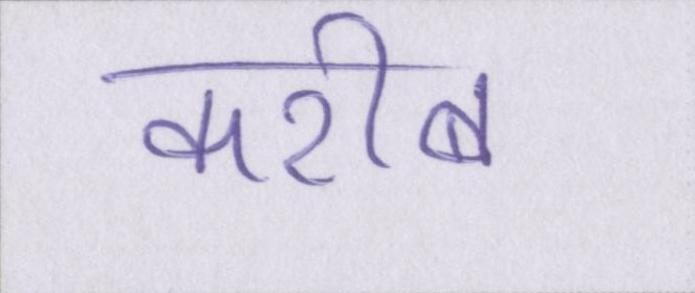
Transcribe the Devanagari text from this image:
करीब